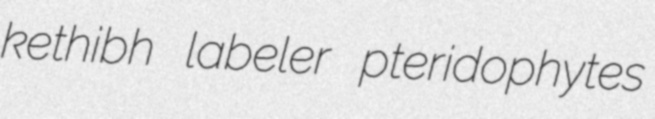
kethibh labeler pteridophytes